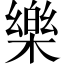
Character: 樂